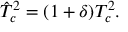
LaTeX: \hat { T } _ { c } ^ { 2 } = ( 1 + \delta ) T _ { c } ^ { 2 } .